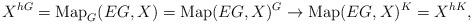
LaTeX: \begin{align*}X^{hG} = \mathrm{Map}_G(EG, X) = \mathrm{Map}(EG, X)^G \to \mathrm{Map}(EG, X)^K = X^{hK},\end{align*}